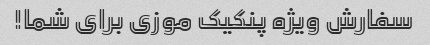
سفارش ویژه پنکیک موزی برای شما!